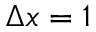
\Delta x = 1